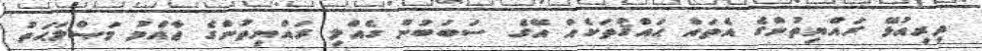
ދިރިއުޅޭ ރައްޔިތުންގެ އެތައް ޙައްޤުތަކެއް އޭގެ ސަބަބުން ގެއްލި ރައްޔިތުންގެ ޢާއްމު މަޞްލަޙަތު